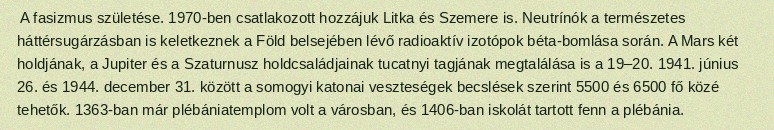
A fasizmus születése. 1970-ben csatlakozott hozzájuk Litka és Szemere is. Neutrínók a természetes háttérsugárzásban is keletkeznek a Föld belsejében lévő radioaktív izotópok béta-bomlása során. A Mars két holdjának, a Jupiter és a Szaturnusz holdcsaládjainak tucatnyi tagjának megtalálása is a 19–20. 1941. június 26. és 1944. december 31. között a somogyi katonai veszteségek becslések szerint 5500 és 6500 fő közé tehetők. 1363-ban már plébániatemplom volt a városban, és 1406-ban iskolát tartott fenn a plébánia.